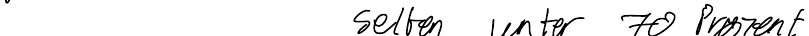
selten unter 70 Prozent